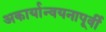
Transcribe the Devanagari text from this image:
अकार्यान्वयनापूर्वी